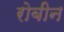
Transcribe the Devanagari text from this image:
रोबीन